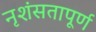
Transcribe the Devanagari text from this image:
नृशंसतापूर्ण